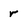
Character: r